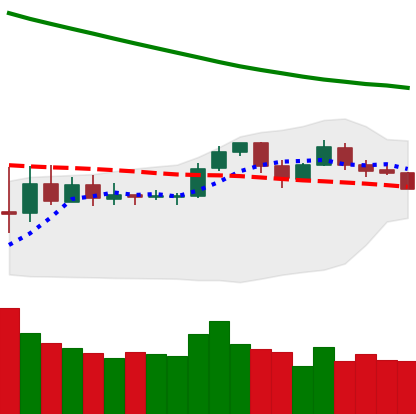
Ticker: LTC-USD
Chart end date: 2019-11-14
Forward return: -6.404%
Label: down_5_7